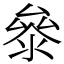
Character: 𭆤